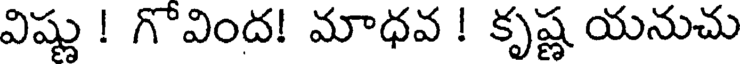
విష్ణు ! గొవింద! మాధవ ! కృష్ణ యనుచు